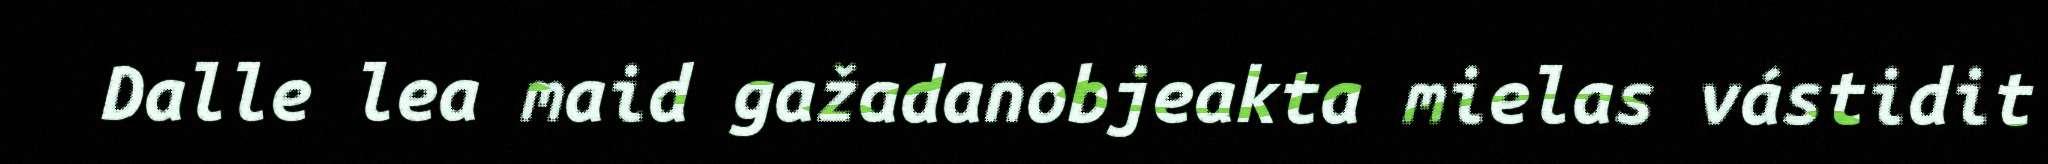
Dalle lea maid gažadanobjeakta mielas vástidit